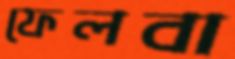
ফেলবা